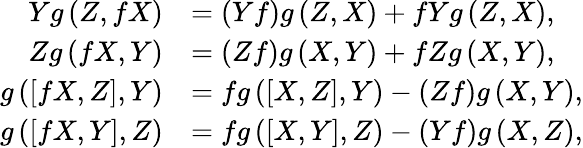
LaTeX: \begin{array}{rl}{Yg\left(Z,fX\right)}&{=\left(Yf\right)g\left(Z,X\right)+fYg\left(Z,X\right),}\\ {Zg\left(fX,Y\right)}&{=\left(Zf\right)g\left(X,Y\right)+fZg\left(X,Y\right),}\\ {g\left(\left[fX,Z\right],Y\right)}&{=fg\left(\left[X,Z\right],Y\right)-\left(Zf\right)g\left(X,Y\right),}\\ {g\left(\left[fX,Y\right],Z\right)}&{=fg\left(\left[X,Y\right],Z\right)-\left(Yf\right)g\left(X,Z\right),}\end{array}